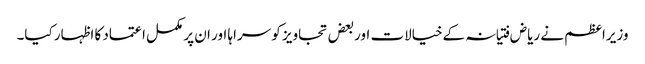
وزیراعظم نے ریاض فتیانہ کےخیالات اوربعض تجاویز کو سراہا اور ان پر مکمل اعتماد کا اظہار کیا۔